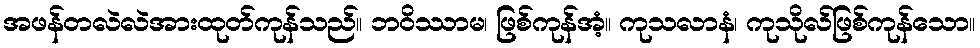
အဖန်တလဲလဲအားထုတ်ကုန်သည်။ ဘဝိဿာမ၊ ဖြစ်ကုန်အံ့။ ကုသလာနံ၊ ကုသိုလ်ဖြစ်ကုန်သော။